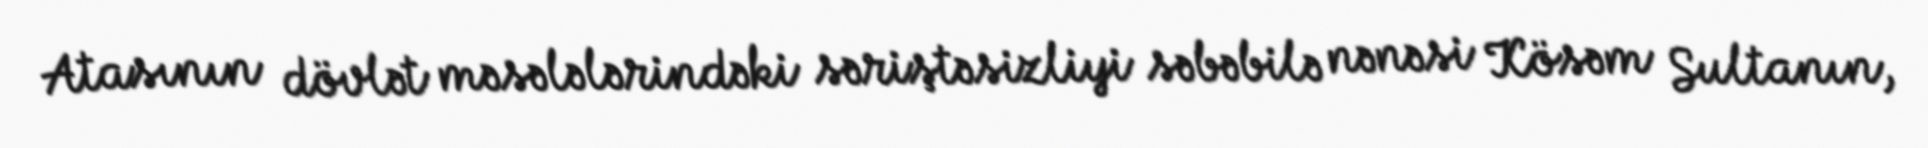
Atasının dövlət məsələlərindəki səriştəsizliyi səbəbilə nənəsi Kösəm Sultanın,